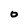
Character: 0